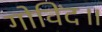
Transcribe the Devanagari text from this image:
गोविंद॥